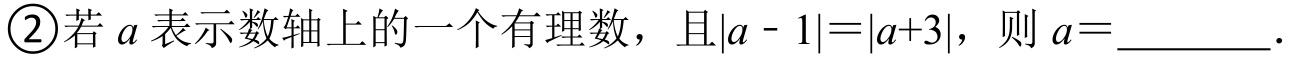
\textcircled{2}若\(a\)表示数轴上的一个有理数，且\(\vert a - 1\vert=\vert a + 3\vert\)，则\(a =\)________.